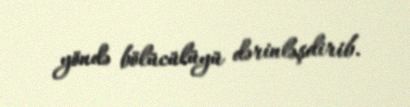
yöndə bölücülüyü dərinləşdirib.